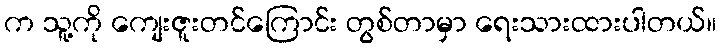
က သူ့ကို ကျေးဇူးတင်ကြောင်း တွစ်တာမှာ ရေးသားထားပါတယ်။